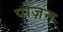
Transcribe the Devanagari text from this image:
पोज़न